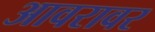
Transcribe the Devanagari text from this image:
आवरावर